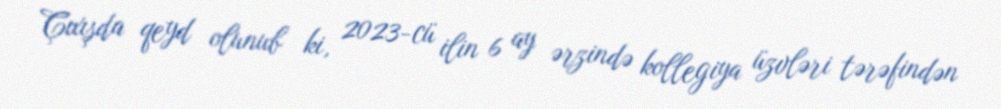
Çıxışda qeyd olunub ki, 2023-cü ilin 6 ay ərzində kollegiya üzvləri tərəfindən